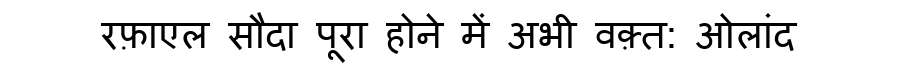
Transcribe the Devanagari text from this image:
रफ़ाएल सौदा पूरा होने में अभी वक़्त: ओलांद